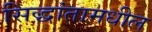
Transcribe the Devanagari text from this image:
सिद्धांतामधील